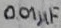
Text: 0.01µF